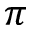
\ensuremath { \pi }